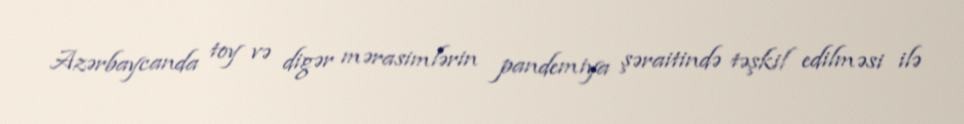
Azərbaycanda toy və digər mərasimlərin pandemiya şəraitində təşkil edilməsi ilə